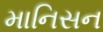
માનિસન